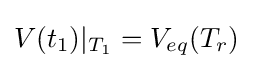
V(t_{1})|_{T_{1}}=V_{eq}(T_{r})